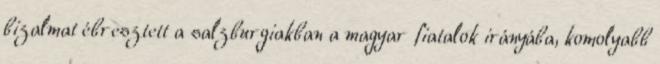
bizalmat ébresztett a salzburgiakban a magyar fiatalok irányába, komolyabb